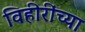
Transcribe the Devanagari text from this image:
विहीरींच्या